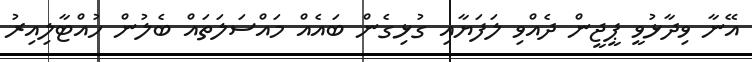
އޭނާ ވިދާޅުވީ ޕީޖީން ދެއްވި ލަފަޔާއި ގުޅިގެން ބައެއް މައްސަލަތައް ބެލުން ހުއްޓާލިއިރު